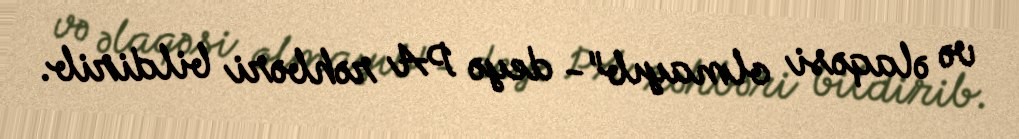
və əlaqəsi olmayıb"- deyə PA rəhbəri bildirib.